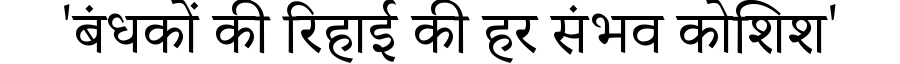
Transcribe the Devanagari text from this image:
'बंधकों की रिहाई की हर संभव कोशिश'